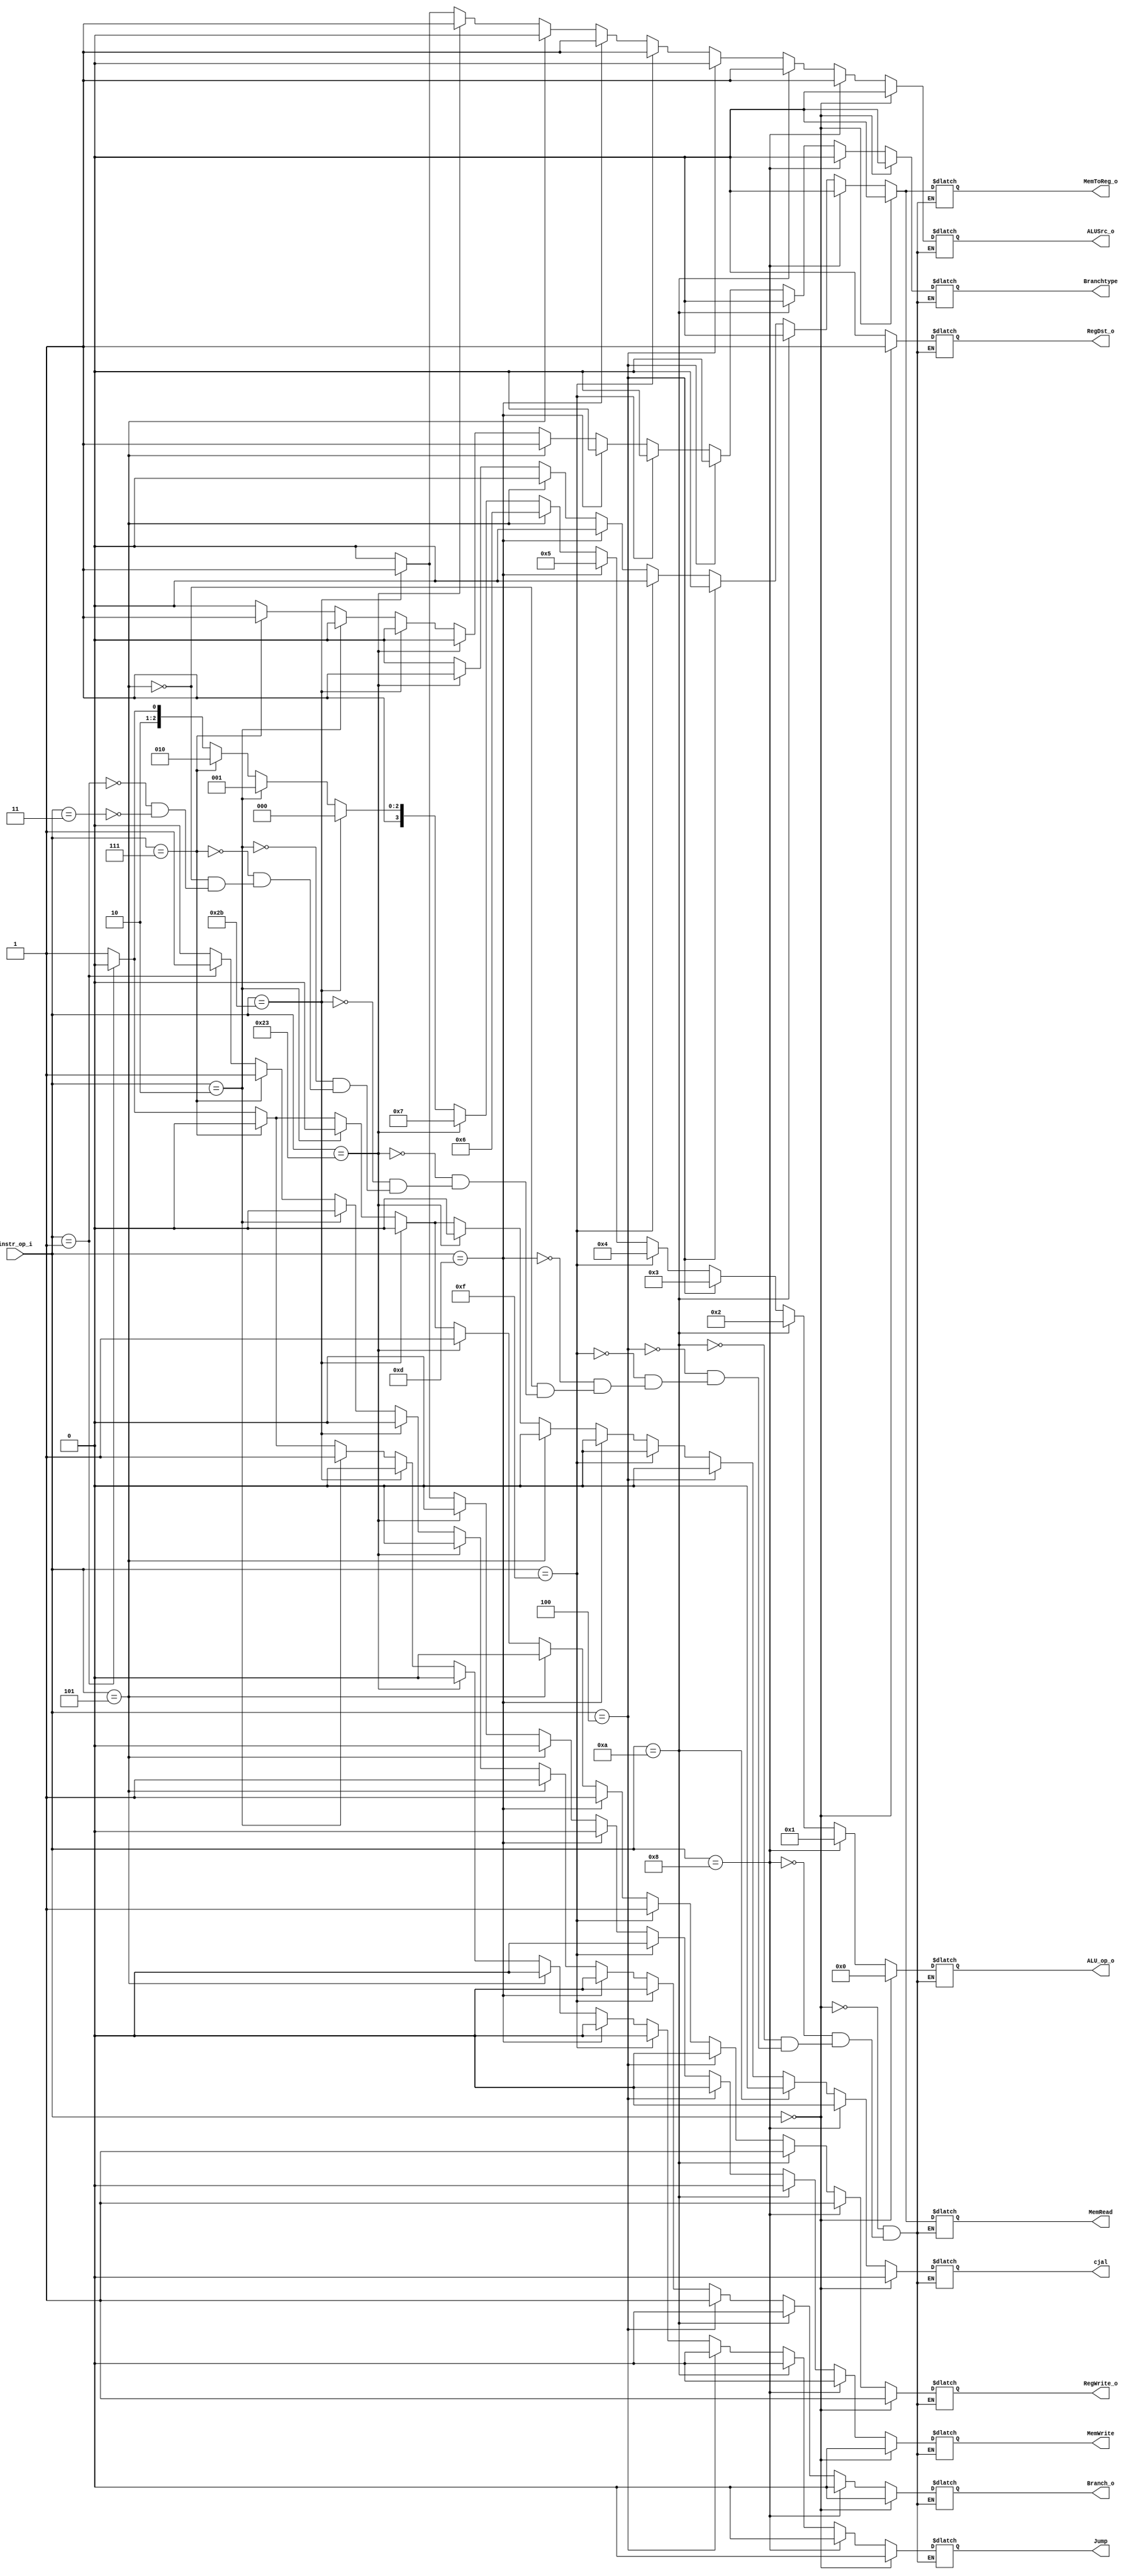
//Subject:     CO project 2 - Decoder
//--------------------------------------------------------------------------------
//Version:     1
//--------------------------------------------------------------------------------
//Writer:      
//----------------------------------------------
//Date:        
//----------------------------------------------
//Description: 
//--------------------------------------------------------------------------------

module Decoder(
    instr_op_i,
	RegWrite_o,
	ALU_op_o,
	ALUSrc_o,
	RegDst_o,
	Branch_o,
	MemToReg_o,
	Branchtype,
	Jump,
	MemRead,
	MemWrite,
	cjal
	);
     
//I/O ports
input  [6-1:0] instr_op_i;

output         RegWrite_o;
output [4-1:0] ALU_op_o;
output         ALUSrc_o;
output         RegDst_o;
output         Branch_o;
output			MemToReg_o;
output			Branchtype;
output			Jump;
output			MemRead;
output			MemWrite;
output			cjal;
//Internal Signals
reg    [4-1:0] ALU_op_o;
reg            ALUSrc_o;
reg            RegWrite_o;
reg            RegDst_o;
reg            Branch_o;
reg				MemToReg_o;
reg				Branchtype;
reg				Jump;
reg				MemRead;
reg				MemWrite;
reg				cjal;
//Parameter


//Main function

always@(*)begin
	if(instr_op_i==0)begin//R-type
		ALU_op_o <= 0; ALUSrc_o <= 0; RegWrite_o <= 1;
		RegDst_o <= 1; Branch_o <= 0; MemToReg_o <= 0;
		Branchtype <= 0; Jump <= 0;
		MemRead <= 0; MemWrite <= 0; cjal <= 0;
	end
	else if(instr_op_i==8)begin//ADDI
		ALU_op_o <= 1; ALUSrc_o <= 1; RegWrite_o <= 1;
		RegDst_o <= 0; Branch_o <= 0; MemToReg_o <= 0;
		Branchtype <= 0; Jump <= 0;
		MemRead <= 0; MemWrite <= 0; cjal <= 0;
	end
	else if(instr_op_i==10)begin//SLTI
		ALU_op_o <= 2; ALUSrc_o <= 1; RegWrite_o <= 1;
		RegDst_o <= 0; Branch_o <= 0; MemToReg_o <= 0;
		Branchtype <= 0; Jump <= 0;
		MemRead <= 0; MemWrite <= 0; cjal <= 0;
	end
	else if(instr_op_i==4)begin//BEQ
		ALU_op_o <= 3; ALUSrc_o <= 0; RegWrite_o <= 0;
		RegDst_o <= 0; Branch_o <= 1; MemToReg_o <= 0;
		Branchtype <= 0; Jump <= 0;
		MemRead <= 0; MemWrite <= 0; cjal <= 0;
	end
	else if(instr_op_i==15)begin//LUI
		ALU_op_o <= 4; ALUSrc_o <= 1; RegWrite_o <= 1;
		RegDst_o <= 0; Branch_o <= 0; MemToReg_o <= 0;
		Branchtype <= 0; Jump <= 0;
		MemRead <= 0; MemWrite <= 0; cjal <= 0;
	end
	else if(instr_op_i==13)begin//ORI
		ALU_op_o <= 5; ALUSrc_o <= 1; RegWrite_o <= 1;
		RegDst_o <= 0; Branch_o <= 0; MemToReg_o <= 0;
		Branchtype <= 0; Jump <= 0;
		MemRead <= 0; MemWrite <= 0; cjal <= 0;
	end
	else if(instr_op_i==5)begin//BNE
		ALU_op_o <= 6; ALUSrc_o <= 0; RegWrite_o <= 0;
		RegDst_o <= 0; Branch_o <= 1; MemToReg_o <= 0;
		Branchtype <= 3; Jump <= 0;
		MemRead <= 0; MemWrite <= 0; cjal <= 0;
	end
	else if(instr_op_i==6'b100011)begin//LW
		ALU_op_o <= 7; ALUSrc_o <= 1; RegWrite_o <= 1;
		RegDst_o <= 0; Branch_o <= 0; MemToReg_o <= 1;
		Branchtype <= 0; Jump <= 0;
		MemRead <= 1; MemWrite <= 0; cjal <= 0;
	end
	else if(instr_op_i==6'b101011)begin//SW
		ALU_op_o <= 8; ALUSrc_o <= 1; RegWrite_o <= 0;
		RegDst_o <= 0; Branch_o <= 0; MemToReg_o <= 0;
		Branchtype <= 0; Jump <= 0;
		MemRead <= 0; MemWrite <= 1; cjal <= 0;
	end
	else if(instr_op_i==6'b000010)begin//JUMP
		ALU_op_o <= 9; ALUSrc_o <= 0; RegWrite_o <= 0;
		RegDst_o <= 0; Branch_o <= 0; MemToReg_o <= 0;
		Branchtype <= 0; Jump <= 1;
		MemRead <= 0; MemWrite <= 0; cjal <= 0;
	end
	else if(instr_op_i==6'b000111)begin//BGT
		ALU_op_o <= 10; ALUSrc_o <= 0; RegWrite_o <= 0;
		RegDst_o <= 0; Branch_o <= 1; MemToReg_o <= 0;
		Branchtype <= 1; Jump <= 0;
		MemRead <= 0; MemWrite <= 0; cjal <= 0;
	end
	else if(instr_op_i==6'b000101)begin//BNEZ
		ALU_op_o <= 11; ALUSrc_o <= 0; RegWrite_o <= 0;
		RegDst_o <= 0; Branch_o <= 1; MemToReg_o <= 0;
		Branchtype <= 3; Jump <= 0;
		MemRead <= 0; MemWrite <= 0; cjal <= 0;
	end
	else if(instr_op_i==6'b000001)begin//BGNZ
		ALU_op_o <= 12; ALUSrc_o <= 0; RegWrite_o <= 0;
		RegDst_o <= 0; Branch_o <= 1; MemToReg_o <= 0;
		Branchtype <= 2; Jump <= 0;
		MemRead <= 0; MemWrite <= 0; cjal <= 0;
	end
	else if(instr_op_i==6'b000011)begin//JAL
		ALU_op_o <= 13; ALUSrc_o <= 0; RegWrite_o <= 1;
		RegDst_o <= 0; Branch_o <= 0; MemToReg_o <= 0;
		Branchtype <= 0; Jump <= 1;
		MemRead <= 0; MemWrite <= 0; cjal <= 1;
	end
	/*else if(instr_op_i==6'b000000)begin//JR
		ALU_op_o <= 0; ALUSrc_o <= 0; RegWrite_o <= 1;
		RegDst_o <= 1; Branch_o <= 0; MemToReg_o <= 0;
		Branchtype <= 0; Jump <= 0;
		MemRead <= 0; MemWrite <= 0; cjal <= 0;
	end*/
end

endmodule